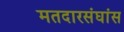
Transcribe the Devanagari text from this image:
मतदारसंघांस